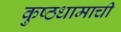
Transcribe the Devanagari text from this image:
कुष्ठधामाची